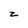
Character: z